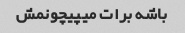
باشه برات میپیچونمش